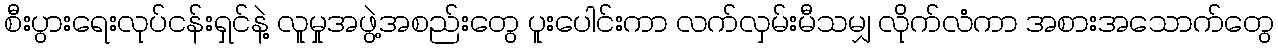
စီးပွားရေးလုပ်ငန်းရှင်နဲ့ လူမှုအဖွဲ့အစည်းတွေ ပူးပေါင်းကာ လက်လှမ်းမီသမျှ လိုက်လံကာ အစားအသောက်တွေ